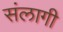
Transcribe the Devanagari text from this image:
संलागी